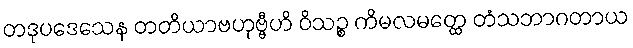
တဒုပဒေသေန တတိယာဗဟုဗ္ဗီဟိ ဝိသဉ္စ ကိမလမတ္ထေ တံသဘာဂတာယ